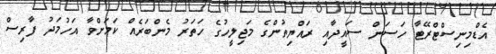
އެޑްމިނިސްޓްރޭޓާ ހަސަން ސައީދާއި ރައްޔިތުންގެ މަޖިލީހުގެ ހަތަރު މެންބަރެއް ކަމަށްވާ އަހުމަދު ފާރިސް